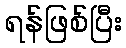
ရန်ဖြစ်ပြီး